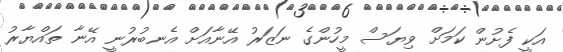
އަކީ ފެށުން ކަމަށް ވިޔަސް މީހުންގެ ނަޒަރު އޭނާއަށް އެނބުރުނީ އޭނާ ތައްޔާރު